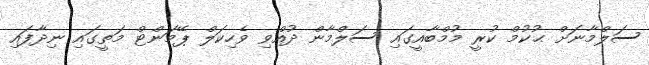
ސަލްމާނަށް ޙުކުމް ކުރީ މުމްބާއީގައި ސަލްމާން ދުއްވި ވެހިކަލް ޕޭމަންޓް މަތީގައި ނިދާފައި